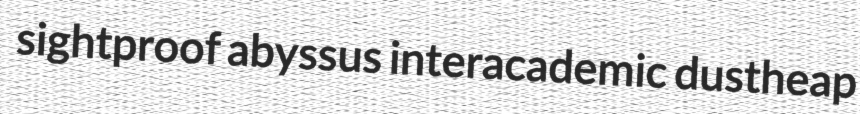
sightproof abyssus interacademic dustheap